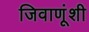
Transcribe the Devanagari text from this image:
जिवाणूंशी